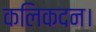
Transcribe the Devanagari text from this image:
कलिकदन।